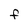
Character: f